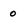
Character: 0